Report on the Civil Veterinary Department, Eastern Bengal and Assam - 1907-1911
Year: 1907
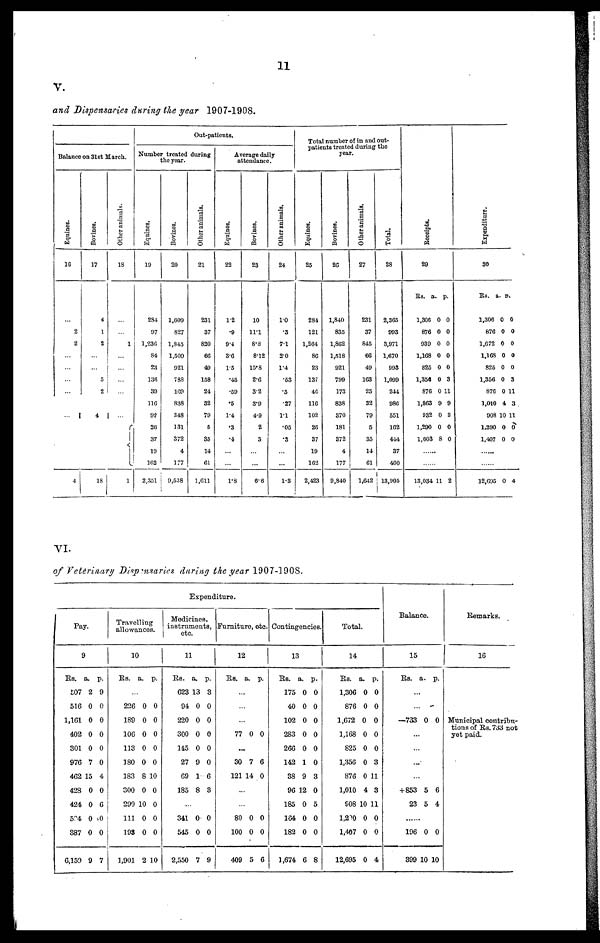
11
V.
and Dispensaries during the year 1907-1908.
Out-patients.
Balance on 31st March.
Equines.
16
...
2
2
...
...
...
...
...
4
Bovines.
17
4
1
2
...
...
5
2
4
18
Other animals.
18
...
...
1
...
...
...
...
...
1
Number treated daring
the year.
Equines.
19
284
97
1,236
84
23
136
39
116
92
26
37
19
162
2,351
Bovines.
20
1,609
827
1,845
1,509
921
788
169
838
348
131
372
4
177
9,538
Other animals.
21
231
37
820
66
49
158
24
32
79
5
35
14
61
1,611
Average daily
attendance.
Equines.
22
1.2
.9
9.4
3.6
1.5
.45
.59
.5
1.4
.3
.4
...
...
1.8
Bovines.
23
10
11.1
8.8
8.12
15.8
2.6
3.2
3.9
4.9
2
3
...
...
6.6
Other animals.
24
10
.3
7.1
2.0
1.4
.53
5
.27
1.1
.05
3
...
...
1.3
Total number of in and out-
patients treated during the
year.
Equines.
25
284
121
1,264
86
23
137
46
116
102
26
37
19
162
2,423
Bovines.
26
1,840
835
1,862
1,518
921
799
173
838
370
181
372
4
177
9,840
Other animals.
27
231
37
845
66
49
163
25
32
79
5
35
14
61
1,642
Total.
28
2,365
993
3,971
1,670
993
1,099
244
986
551
162
444
37
400
13,905
Receipts.
29
Rs.
1,306
876
939
1,168
825
1,358
876
1,863
932
1,290
1,603
a.
0
0
0
0
0
0
0
9
0
0
8
p.
0
0
0
0
0
3
11
9
3
0
0
......
......
13,034 11 2
Expenditure.
30
Rs.
1,306
876
1,672
1,168
825
1,356
876
1,010
908
1,290
1,407
a.
0
0
0
0
0
0
0
4
10
0
0
p.
0
0
0
0
0
3
11
3 .
11
0
0
.......
......
12,095 0 4
VI.
of Veterinary Dispensaries during the year 1907-1908.
E
xp
enditure.
Pay.
9
Rs.
507
516
1,161
402
301
976
462
428
424
524
387
6,159
a.
2
0
0
0
0
7
15
0
0
0
0
9
p.
9
0
0
0
0
0
4
0
6
0
0
7
Travelling
allowances.
10
Rs.
...
226
189
106
113
180
183
300
299 1
111
193
1,901
a.
0
0
0
0
0
8
0
0
0
0
2
p.
0
0
0
0
0
10
0
0
0
0
10
Medicines,
instruments
etc.
11
Rs.
623
94
220
300
145
27
69
185
...
341
545
2,550
a.
13
0
0
0
0
9
1
8
0
0
7
p.
3
0
0
0
0
0
6
3
0
0
9
Furniture, etc.
12
Rs.
...
...
...
77
...
30
121 1
...
...
80
100
409
a.
0
7
4
0
0
5
p.
0
6
0
0
0
6
Contingencies.
13
Rs.
175
40
102
283
266
142
38
96 1
185
164
182
1,674
a.
0
0
0
0
0
1
9
2
0
0
0
6
p.
0
0
0
0
0
0
3
0
5
0
0
8
Total.
14
Rs.
1,306
876
1,672
1,168
825
1,356
876
1,010
908
1,200
1,407
12,695
a.
0
0
0
0
0
0
0
4
10
0
0
0
p.
0
0
0
0
0
3
11
3
11
0
0
4
Balance.
15
Rs.
...
...
—733
...
...
...
...
+853
23
...
196
399 1
a.
0
5
5
0
0
p.
0
6
4
0
10
Remarks.
16
Municipal contribu-
tions of Rs. 733 not
yet paid.